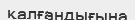
қалғандығына